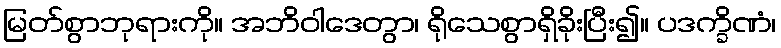
မြတ်စွာဘုရားကို။ အဘိဝါဒေတွာ၊ ရိုသေစွာရှိခိုးပြီး၍။ ပဒက္ခိဏံ၊